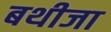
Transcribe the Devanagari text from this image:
बथीजा